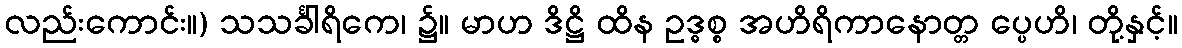
လည်းကောင်း။) သသင်္ခါရိကေ၊ ၌။ မာဟ ဒိဋ္ဌိ ထိန ဥဒ္ဓစ္စ အဟိရိကာနောတ္တ ပ္ပေဟိ၊ တို့နှင့်။